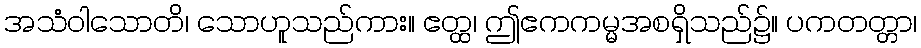
အသံဝါသောတိ၊ သောဟူသည်ကား။ ဧတ္ထ၊ ဤဧကကမ္မအစရှိသည်၌။ ပကတတ္တာ၊